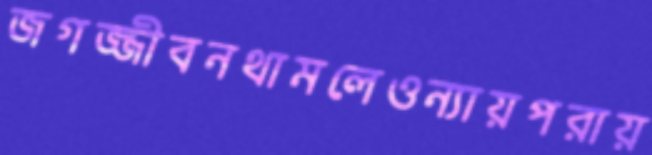
জগজ্জীবনথামলেওন্যায়পরায়